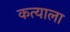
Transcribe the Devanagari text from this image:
कत्याला